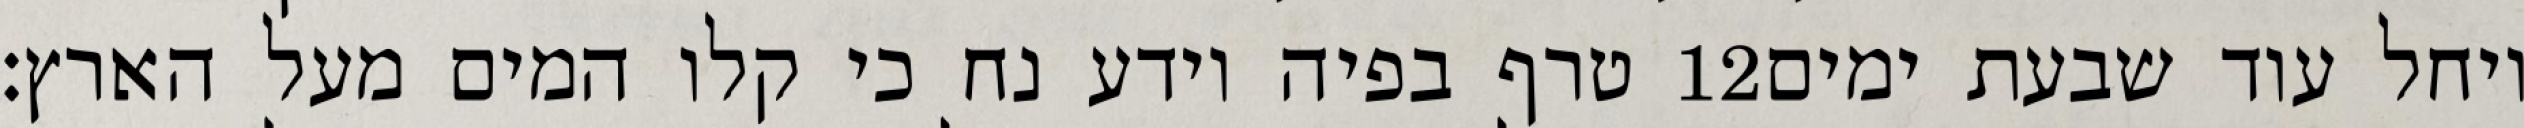
טרף בפיה וידע נח כי קלו המים מעל הארץ׃ ‎12‏ ויחל עוד שבעת ימים